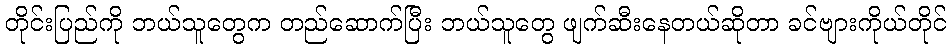
တိုင်းပြည်ကို ဘယ်သူတွေက တည်ဆောက်ပြီး ဘယ်သူတွေ ဖျက်ဆီးနေတယ်ဆိုတာ ခင်ဗျားကိုယ်တိုင်